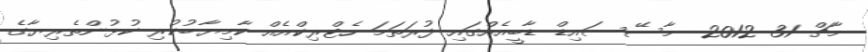
މާޗް 31 2012  މާސޭސައިޑް ޑާބީއެއްގައި ފުރަތަމަ ހެޓްރިކްއެއް ކާމިޔާބުކުރި ކުޅުންތެރިޔާގެ